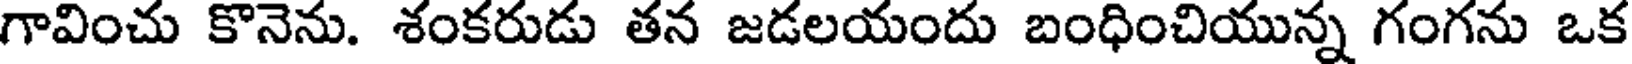
గావించు కొనెను. శంకరుడు తన జడలయందు బంధించియున్న గంగను ఒక